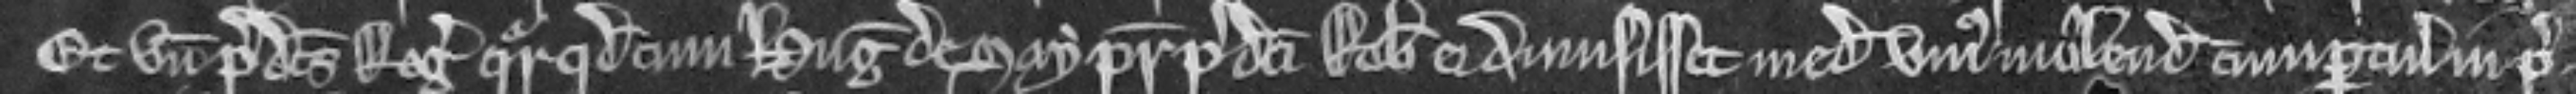
Et unde predictus Rogerus queritur quod cum Hugo de Say pater predicti Roberti ei dimisisset medietatem unius molendini cum pertinenciis in pre